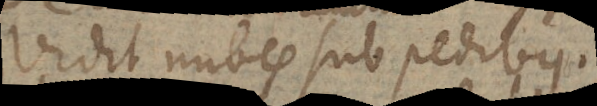
Vidit nubes sub pedibus,